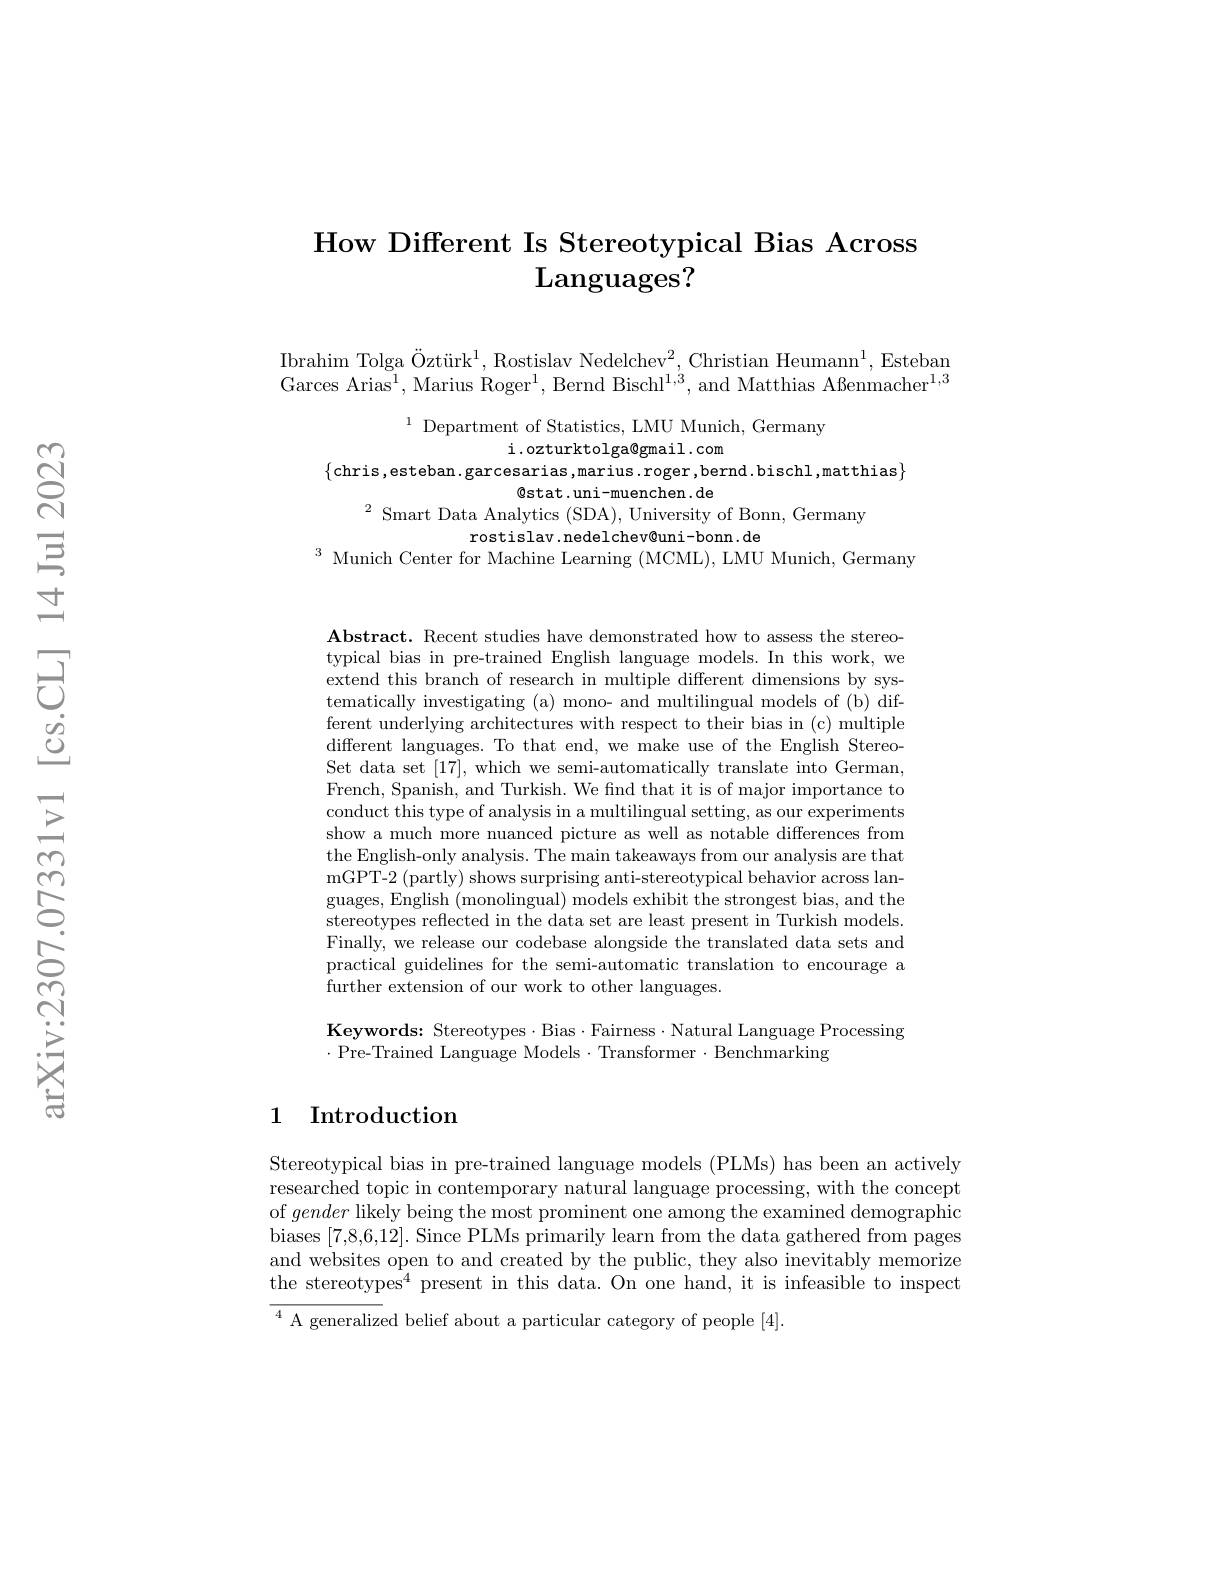
# How Different Is Stereotypical Bias Across $\mathbf{L}$anguages?

Ibrahim Tolga Öztürk$^1$, Rostislav Nedelchev$^2$, Christian Heumann$^1$, Esteban Garces Arias$^1$,Marius Roger$^1$,Bernd Bischl$^1,^{\prime}$,and Matthias Aßenmacher$^1,3$

$^{1}$ Department of Statistics, LMU Munich, Germany
i.ozturktolga@gmail.com
$\{$chris,esteban.garcesarias,marius.roger,bernd.bischl,matthias$\}$
$\textcircled{\mathrm{stat.uni-muenchen.de}}$
$^{2}$ Smart Data Analytics (SDA), University of Bonn, Germany
rostislav.nedelchev@uni-bonn.de
$^3$ Munich Center for Machine Learning (MCML), LMU Munich, Germany

$\mathbf{Abstract.~Recent~studies~have~demonstrated~how~to~assess~the~stereo-}$ typical bias in pre-trained English language models. In this work, we extend this branch of research in multiple different dimensions by systematically investigating (a) mono- and multilingual models of (b) different underlying architectures with respect to their bias in (c) multiple different languages. To that end, we make use of the English StereoSet data set [17], which we semi-automatically translate into German, French, Spanish, and Turkish. We find that it is of major importance to conduct this type of analysis in a multilingual setting, as our experiments show a much more nuanced picture as well as notable differences from the English-only analysis. The main takeaways from our analysis are that mGPT-2 (partly) shows surprising anti-stereotypical behavior across languages, English (monolingual) models exhibit the strongest bias, and the stereotypes reflected in the data set are least present in Turkish models Finally, we release our codebase alongside the translated data sets and practical guidelines for the semi-automatic translation to encourage a further extension of our work to other languages.

Keywords: Stereotypes·Bias·Fairness·Natural Language Processing
$\cdot$Pre-Trained Language Models$\cdot$Transformer$\cdot$Benchmarking

## 1 Introduction

Stereotypical bias in pre-trained language models (PLMs) has been an actively researched topic in contemporary natural language processing, with the concept of gender likely being the most prominent one among the examined demographic biases [7,8,6,12]. Since PLMs primarily learn from the data gathered from pages and websites open to and created by the public, they also inevitably memorize the stereotypes$^4$ present in this data.On one hand, it is infeasible to inspect ${\overline{{^4}\text{ A generaliz}}}$ed belief about a particular category of people [4].